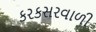
કરકસરવાળી